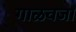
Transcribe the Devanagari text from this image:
गाळवजा